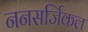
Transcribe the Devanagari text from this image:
ननसर्जिकल